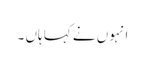
انہوں نے کہا ہاں ۔